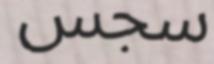
سجس